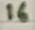
Text: 16